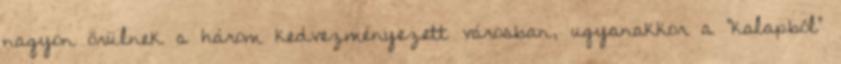
nagyon örülnek a három kedvezményezett városban, ugyanakkor a "kalapból"